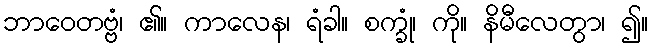
ဘာဝေတဗ္ဗံ၊ ၏။ ကာလေန၊ ရံခါ။ စက္ခုံ၊ ကို။ နိမီလေတွာ၊ ၍။